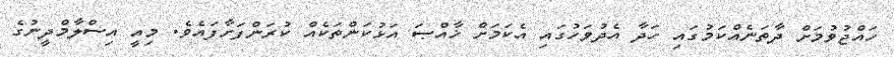
ހައްޖުވުމަށް ދާތަނެއްކަމުގައި ހަދާ އެދުވަހުގައި އެކަމަށް ޚާއްޞަ އަޅުކަންތަކެއް ކުރަންފަށާފައެވެ. މިއީ އިސްލާމްދީނުގެ